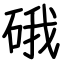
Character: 硪